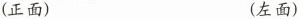
(正面) (左面)